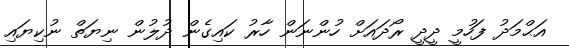
އަޙްމަދު ފަހުމީ ދީދީ ރޯދައަށް ހުންނަން ހާރު ކައިގެން ދުލުން ނިޔަތް ނުކިޔައި